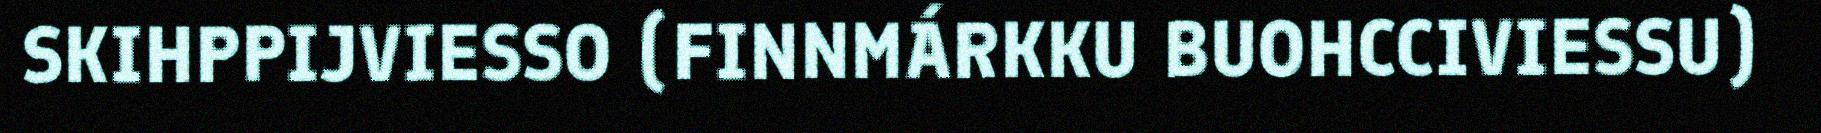
SKIHPPIJVIESSO (FINNMÁRKKU BUOHCCIVIESSU)